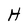
Character: H